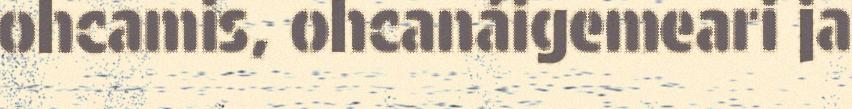
ohcamis, ohcanáigemeari ja